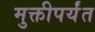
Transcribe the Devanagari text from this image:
मुक्तीपर्यंत